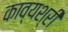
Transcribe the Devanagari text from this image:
काव्यश्री